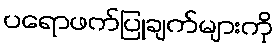
ပရောဖက်ပြုချက်များကို